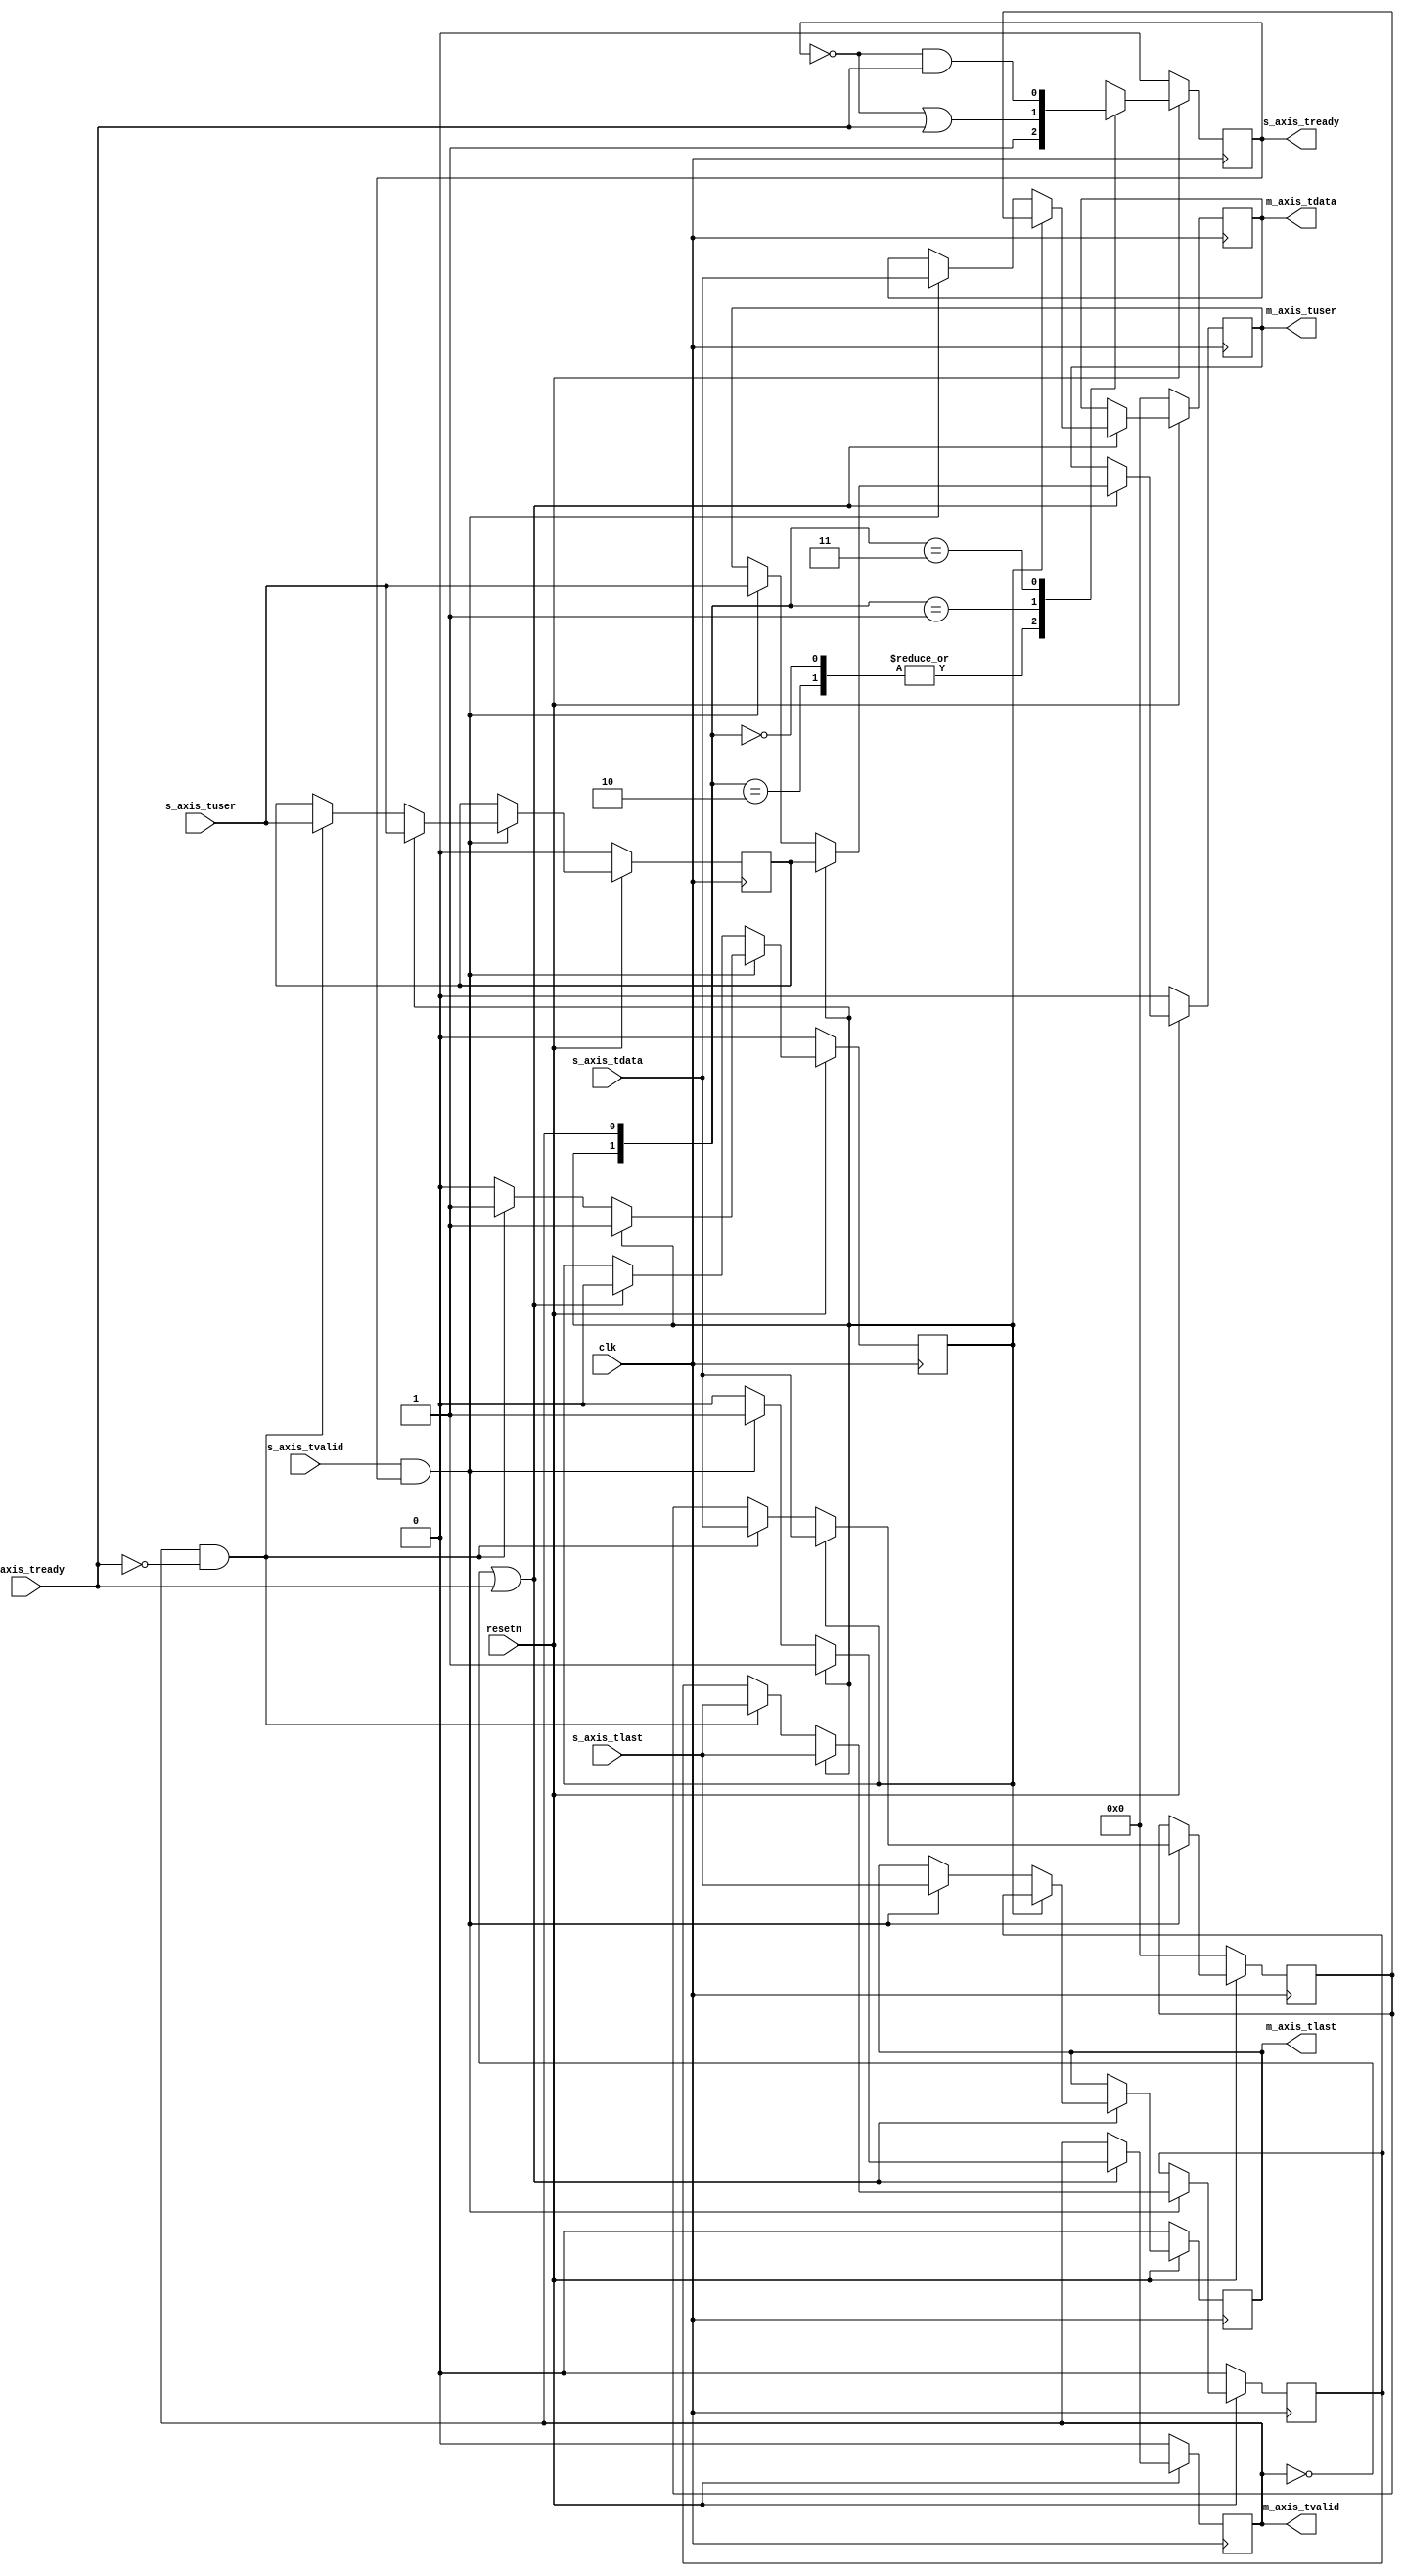
module axis_relay #
(
	parameter integer C_PIXEL_WIDTH = 8,
	parameter integer C_PASSTHROUGH = 0,
	parameter integer C_TEST = 0
) (
	input  wire clk,
	input  wire resetn,


	input  wire                     s_axis_tvalid,
	input  wire [C_PIXEL_WIDTH-1:0] s_axis_tdata ,
	input  wire                     s_axis_tuser ,
	input  wire                     s_axis_tlast ,
	output wire                     s_axis_tready,

	output wire                     m_axis_tvalid,
	output wire [C_PIXEL_WIDTH-1:0] m_axis_tdata ,
	output wire                     m_axis_tuser ,
	output wire                     m_axis_tlast ,
	input  wire                     m_axis_tready
);

generate
if (C_PASSTHROUGH) begin
	assign m_axis_tvalid = s_axis_tvalid;
	assign m_axis_tdata  = s_axis_tdata ;
	assign m_axis_tlast  = s_axis_tlast ;
	assign m_axis_tuser  = s_axis_tuser ;
	assign s_axis_tready = m_axis_tready;
end
else begin
	reg                     relay_tvalid[1:0];
	reg [C_PIXEL_WIDTH-1:0] relay_tdata[1:0];
	reg                     relay_tuser[1:0];
	reg                     relay_tlast[1:0];

	wire snext;
	assign snext = s_axis_tvalid && s_axis_tready;
	assign m_axis_tvalid = relay_tvalid[0];
	assign m_axis_tdata = relay_tdata[0];
	assign m_axis_tlast = relay_tlast[0];
	assign m_axis_tuser = relay_tuser[0];

	always @ (posedge clk) begin
		if (resetn == 1'b0) begin
			relay_tvalid[1] <= 0;
			relay_tdata[1] <= 0;
			relay_tuser[1] <= 0;
			relay_tlast[1] <= 0;
		end
		else if (snext) begin
			if (relay_tvalid[1]) begin
				relay_tvalid[1] <= 1;
				relay_tdata[1] <= s_axis_tdata;
				relay_tuser[1] <= s_axis_tuser;
				relay_tlast[1] <= s_axis_tlast;
			end
			else if (relay_tvalid[0] && ~m_axis_tready) begin
				relay_tvalid[1] <= 1;
				relay_tdata[1] <= s_axis_tdata;
				relay_tuser[1] <= s_axis_tuser;
				relay_tlast[1] <= s_axis_tlast;
			end
			else
				relay_tvalid[1] <= 0;
		end
		else if (~relay_tvalid[0] || m_axis_tready) begin
			relay_tvalid[1] <= 0;
		end
	end

	always @ (posedge clk) begin
		if (resetn == 1'b0) begin
			relay_tvalid[0] <= 0;
			relay_tdata[0] <= 0;
			relay_tuser[0] <= 0;
			relay_tlast[0] <= 0;
		end
		else if (~relay_tvalid[0] || m_axis_tready) begin
			if (relay_tvalid[1]) begin
				relay_tvalid[0] <= 1;
				relay_tdata[0] <= relay_tdata[1];
				relay_tuser[0] <= relay_tuser[1];
				relay_tlast[0] <= relay_tlast[1];
			end
			else if (snext) begin
				relay_tvalid[0] <= 1;
				relay_tdata[0] <= s_axis_tdata;
				relay_tuser[0] <= s_axis_tuser;
				relay_tlast[0] <= s_axis_tlast;
			end
			else begin
				relay_tvalid[0] <= 0;
			end
		end
	end

	reg r_s_axis_tready;
	assign s_axis_tready = r_s_axis_tready;
	always @ (posedge clk) begin
		if (resetn == 1'b0)
			r_s_axis_tready <= 0;
		else begin
			case ({relay_tvalid[1], relay_tvalid[0]})
			2'b00, 2'b10:
				r_s_axis_tready <= 1;
			2'b01:
				r_s_axis_tready <= (~r_s_axis_tready || m_axis_tready);
			2'b11:
				r_s_axis_tready <= (~r_s_axis_tready && m_axis_tready);
			endcase
		end
	end
end
endgenerate
endmodule